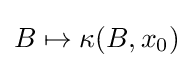
B\mapsto \kappa (B,x_{0})